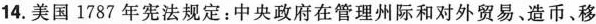
14.美国1787年宪法规定：中央政府在管理州际和对外贸易、造币、移